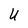
Character: U